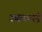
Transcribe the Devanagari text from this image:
स्थनपाई